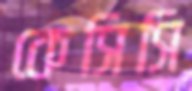
কেসিসি